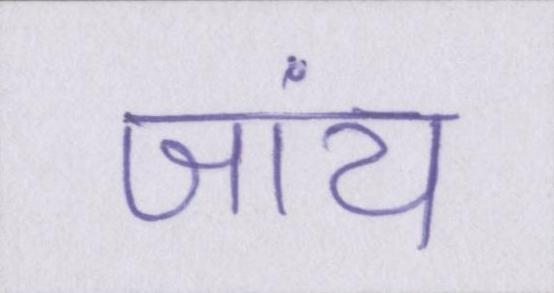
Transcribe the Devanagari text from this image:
जांय